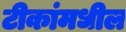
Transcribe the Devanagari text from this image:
टीकांमधील